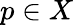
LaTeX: p\in X